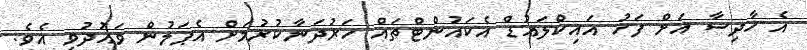
އެ ހާދިސާ އަށް ފަހު އައިކްލައުޑް އެކައުންޓްތައް ހަރުދަނާކުރުމަށް އެޕަލުން ވައުދުވި އެވެ.